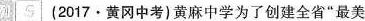
例 S (2017 黄冈中考)黄麻中学为了创建全省”最美